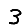
Digit: 3